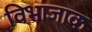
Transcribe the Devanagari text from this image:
विभाजाक